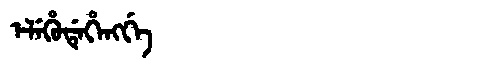
Manchu: ᡝᠯᡝᡥᡠᡩᡝᡥᡝᠩᡤᡝ
Romanization: ELEHUDEHENGGE